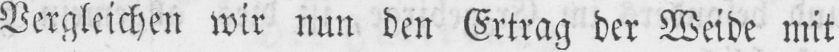
Vergleichen wir nun den Ertrag der Weide mit